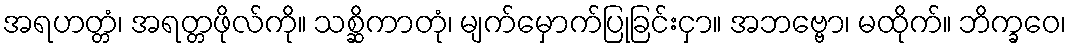
အရဟတ္တံ၊ အရတ္တဖိုလ်ကို။ သစ္ဆိကာတုံ၊ မျက်မှောက်ပြုခြင်းငှာ။ အဘဗ္ဗော၊ မထိုက်။ ဘိက္ခဝေ၊